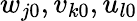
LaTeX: w_{j0},v_{k0},u_{l0}